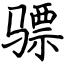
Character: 骠